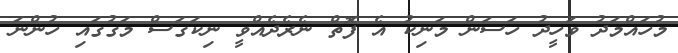
މުހައްމަދު ވަހީދު ހަސަން މަނިކު އެ ފޮތް ނެރެދެއްވީ ނިކަގަސް މަގުގައި ހުންނަ